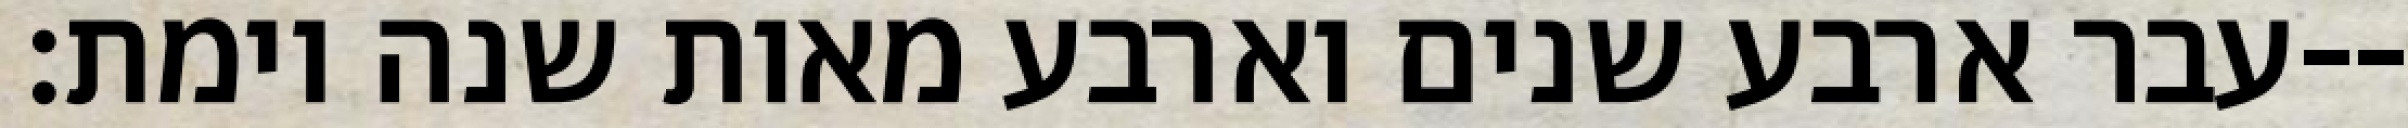
עבר ארבע שנים וארבע מאות שנה וימת׃--